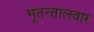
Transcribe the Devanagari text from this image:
भूतन्तालवार